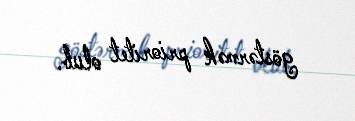
göstərmək prioritet olub.